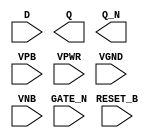
module sky130_fd_sc_lp__dlrbn (
    //# {{data|Data Signals}}
    input  D      ,
    output Q      ,
    output Q_N    ,

    //# {{control|Control Signals}}
    input  RESET_B,

    //# {{clocks|Clocking}}
    input  GATE_N ,

    //# {{power|Power}}
    input  VPB    ,
    input  VPWR   ,
    input  VGND   ,
    input  VNB
);
endmodule